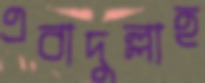
এবাদুল্লাহ